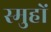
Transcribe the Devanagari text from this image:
स्मुहों